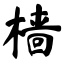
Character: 樯